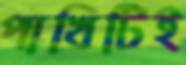
পাখিটিই